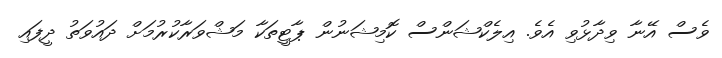
ވެސް އޭނާ ވިދާޅުވި އެވެ. އިލެކްޝަންސް ކޮމިޝަނުން ޕާޓީތަކާ މަޝްވަރާކުރުމަށް ދައުވަތު ދީފައި